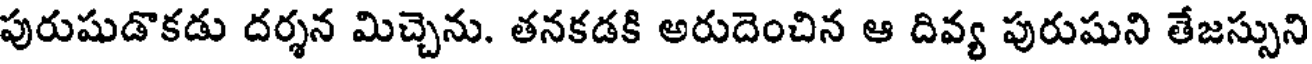
పురుషుడొకడు దర్శన మిచ్చెను. తనకడకి అరుదెంచిన ఆ దివ్య పురుషుని తేజస్సుని